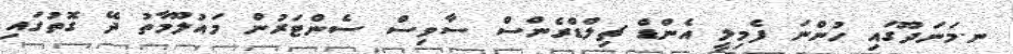
ނ.މަނަދޫގައި ހުންނަ ފެމިލީ އެންޑް ޗިލްޑްރެންސް ސާވިސް ސެންޓަރުން މައުލޫމާތު ދޭ ގޮތުގައި